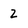
Character: 2